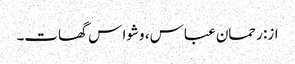
از: رحمان عباس ، وشوا س گھات۔